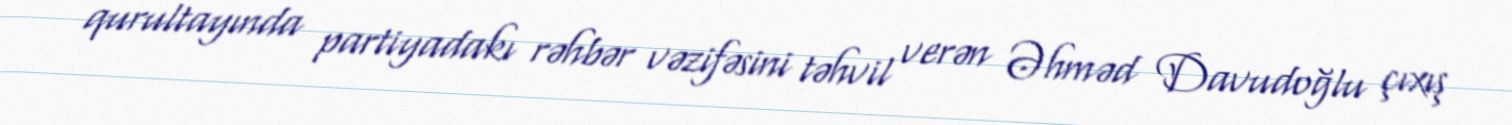
qurultayında partiyadakı rəhbər vəzifəsini təhvil verən Əhməd Davudoğlu çıxış